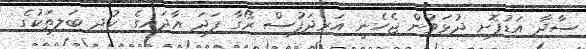
ސާދާ އަޑުފޮށި ދުޅަވުން ޖެހެނީ އަރިދަފުސް ރޯގާ ފަދަ އާދައިގެ ކުދި ބަލިތަކުގެ